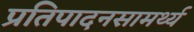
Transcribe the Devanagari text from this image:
प्रतिपादनसामर्थ्य